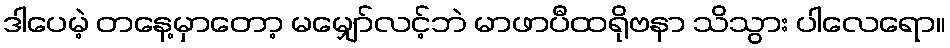
ဒါပေမဲ့ တနေ့မှာတော့ မမျှော်လင့်ဘဲ မာဖာပီထရိုဗနာ သိသွား ပါလေရော။